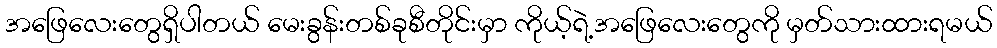
အဖြေလေးတွေရှိပါတယ် မေးခွန်းတစ်ခုစီတိုင်းမှာ ကိုယ့်ရဲ့အဖြေလေးတွေကို မှတ်သားထားရမယ်